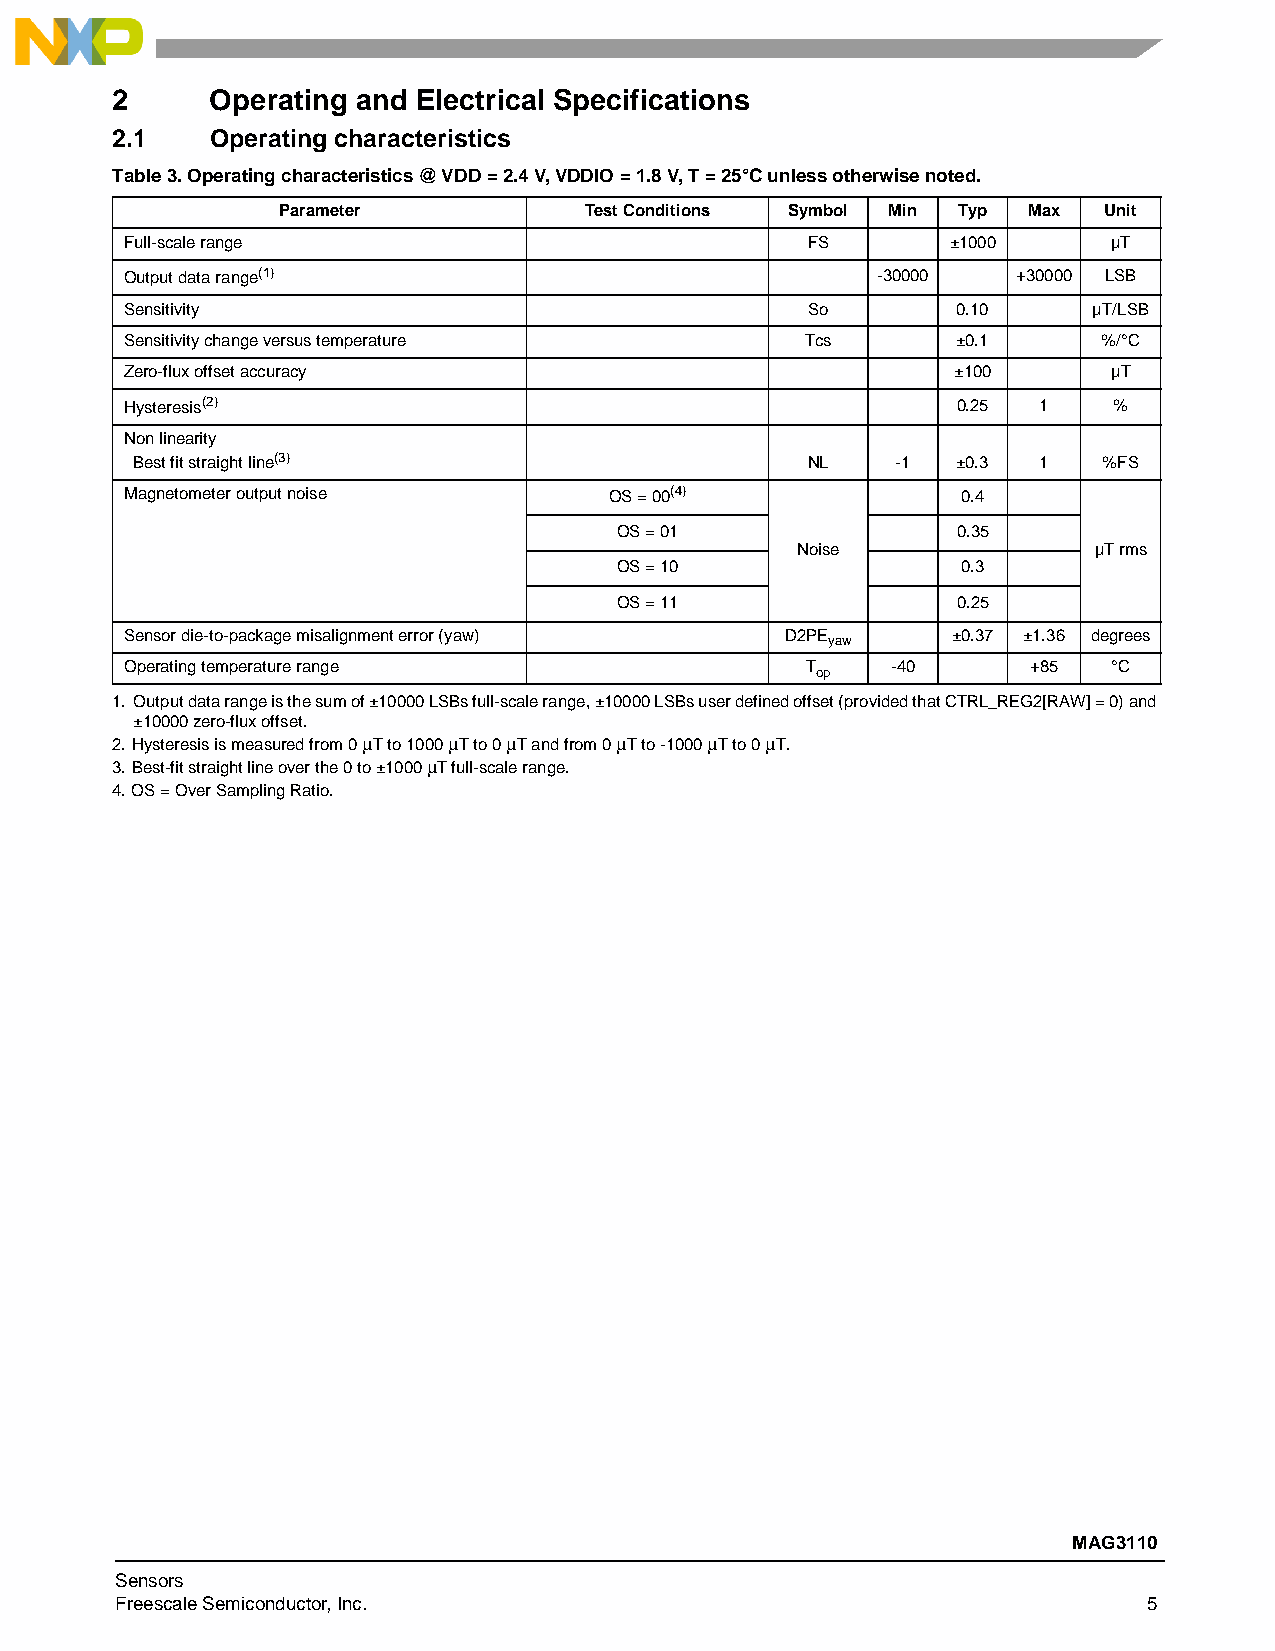
2      Operating and Electrical Specifications
 2.1    Operating characteristics
 Table3. Operating characteristics @ VDD = 2.4 V, VDDIO = 1.8 V, T = 25°C unless otherwise noted.
 Parameter            Test Conditions Symbol Min Typ Max Unit
 Full-scale range                             FS        ±1000      µT
 Output data range(1)                              -30000   +30000 LSB
 Sensitivity                                  So        0.10     µT/LSB
 Sensitivity change versus temperature        Tcs       ±0.1      %/°C
 Zero-flux offset accuracy                              ±100       µT
 Hysteresis(2)                                          0.25  1    %
 Non linearity
 Best fit straight line(3)                   NL    -1  ±0.3  1   %FS
 Magnetometer output noise       OS = 00(4)              0.4
 OS = 01               0.35
 Noise              µT rms
 OS = 10                0.3
 OS = 11               0.25
 Sensor die-to-package misalignment error (yaw) D2PE    ±0.37 ±1.36 degrees
 yaw
 Operating temperature range                  T     -40      +85   °C
 op
 1. Output data range is the sum of ±10000 LSBs full-scale range, ±10000 LSBs user defined offset (provided that CTRL_REG2[RAW] = 0) and
 ±10000 zero-flux offset.
 2.Hysteresis is measured from 0 T to 1000 T to 0 T and from 0 T to -1000 T to 0 T.
 3.Best-fit straight line over the 0 to ±1000 T full-scale range.
 4.OS = Over Sampling Ratio.
 MAG3110
 Sensors
 Freescale Semiconductor, Inc.                                       5